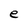
Character: e